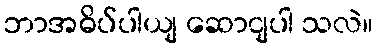
ဘာအဓိပ်ပါယျ ဆောငျပါ သလဲ။